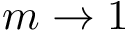
m \to 1